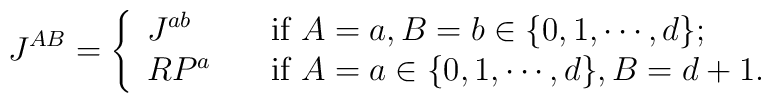
J^{AB}=\left\{\begin{array}{ll} J^{ab} & \hbox{if $A=a,B=b\in\{0,1,\cdots, d\}$;}\\R P^{a}\quad & \hbox{if $A=a\in\{0,1,\cdots, d\}, B=d+1$.}\end{array}\right.